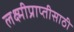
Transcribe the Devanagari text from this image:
लक्ष्मीप्राप्तीसाठी